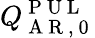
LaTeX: Q_{\mathrm{~A~R~,~0~}}^{\mathrm{~P~U~L~}}